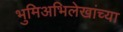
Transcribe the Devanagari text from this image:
भुमिअभिलेखांच्या